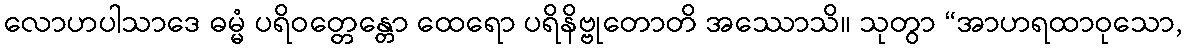
လောဟပါသာဒေ ဓမ္မံ ပရိဝတ္တေန္တော ထေရော ပရိနိဗ္ဗုတောတိ အဿောသိ။ သုတွာ “အာဟရထာဝုသော,